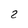
Character: 2